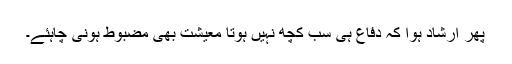
پھر ارشاد ہوا کہ دفاع ہی سب کچھ نہیں ہوتا معیشت بھی مضبوط ہونی چاہئے۔